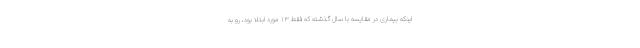
اینکه بیماری در مقایسه با سال گذشته که فقط ۱۳ مورد ابتلا بود، رو به